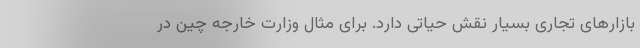
بازارهای تجاری بسیار نقش حیاتی دارد. برای مثال وزارت خارجه چین در